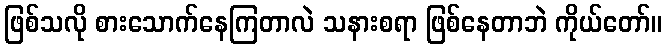
ဖြစ်သလို စားသောက်နေကြတာလဲ သနားစရာ ဖြစ်နေတာဘဲ ကိုယ်တော်။